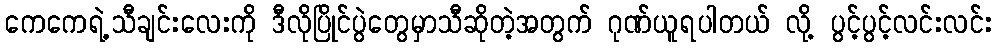
ကေကေရဲ့သီချင်းလေးကို ဒီလိုပြိုင်ပွဲတွေမှာသီဆိုတဲ့အတွက် ဂုဏ်ယူရပါတယ် လို့ ပွင့်ပွင့်လင်းလင်း